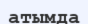
атымда